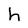
Character: h